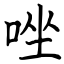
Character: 唑